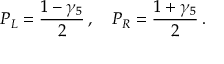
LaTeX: P _ { L } = \frac { 1 - \gamma _ { 5 } } { 2 } \, , \quad P _ { R } = \frac { 1 + \gamma _ { 5 } } { 2 } \, .